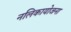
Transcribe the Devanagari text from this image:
नलिकायोजना